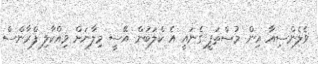
ވެލެންސިއާ އިން މުސްތަފީ ގެނައީ އެ ކްލަބުން އޭސީ މިލާނަށް ވިއްކާލި ފްރާންސް